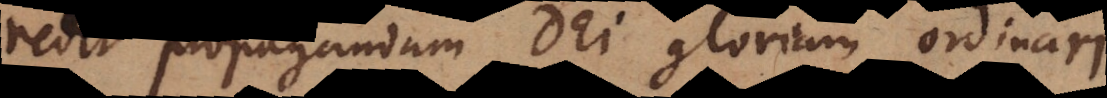
redit propagandam Dei gloriam ordinari